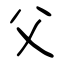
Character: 父